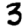
Digit: 3